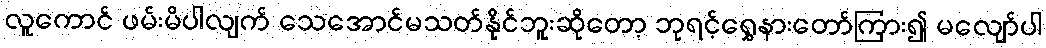
လူကောင် ဖမ်းမိပါလျက် သေအောင်မသတ်နိုင်ဘူးဆိုတော့ ဘုရင့်ရွှေနားတော်ကြား၍ မလျော်ပါ